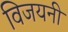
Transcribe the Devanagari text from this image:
विजयनी